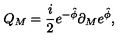
Q _ { M } = { \frac { i } { 2 } } e ^ { - \hat { \phi } } \partial _ { M } e ^ { \hat { \phi } } ,